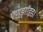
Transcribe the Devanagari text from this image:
ऍण्ड्रॉइड।